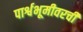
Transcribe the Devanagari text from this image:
पार्श्वभूमीवरची